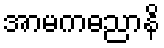
အာမကဓညာနိ